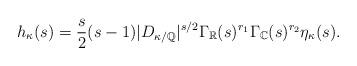
LaTeX: \begin{align*}h_\kappa(s)=\frac{s}{2}(s-1)|D_{\kappa/\mathbb{Q}}|^{s/2}\Gamma_{\mathbb{R}}(s)^{r_1}\Gamma_{\mathbb{C}}(s)^{r_2}\eta_\kappa(s).\end{align*}